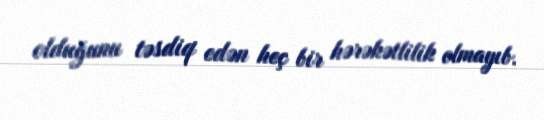
olduğunu təsdiq edən heç bir hərəkətlilik olmayıb.